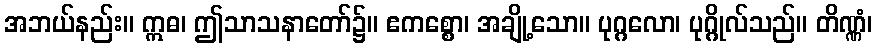
အဘယ်နည်း။ ဣဓ၊ ဤသာသနာတော်၌။ ဧကစ္စော၊ အချို့သော။ ပုဂ္ဂလော၊ ပုဂ္ဂိုလ်သည်။ တိဏ္ဏံ၊